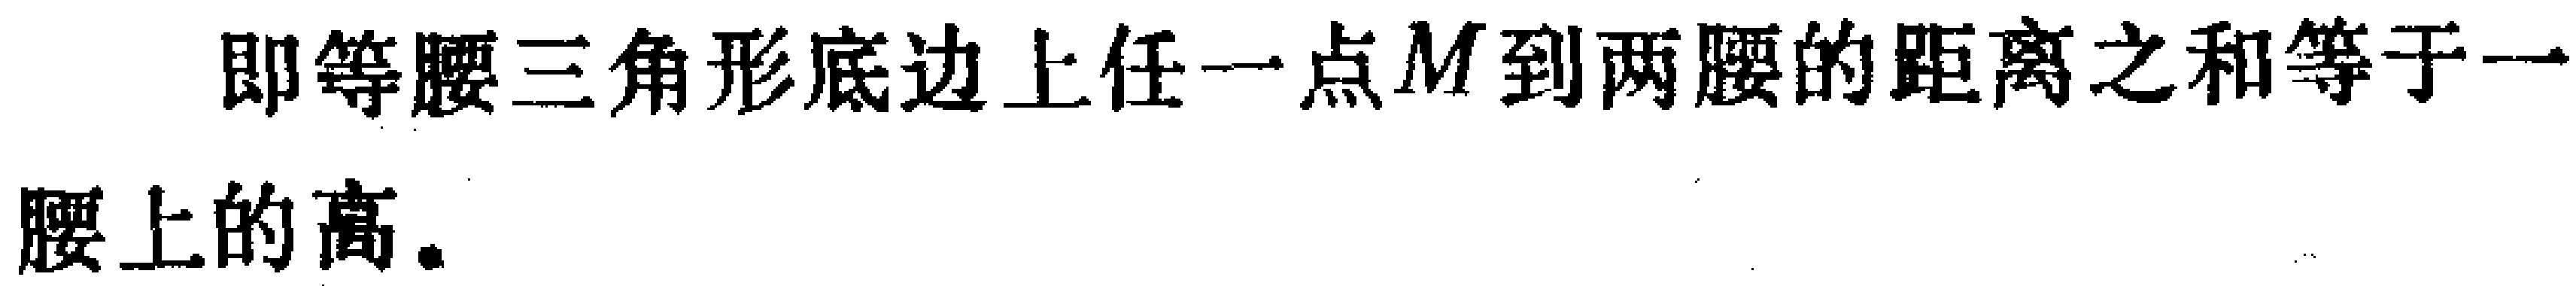
即等腰三角形底边上任一点\(M\)到两腰的距离之和等于一腰上的高.